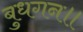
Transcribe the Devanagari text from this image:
बुधगन॥